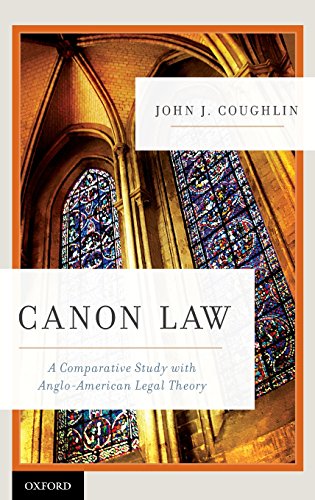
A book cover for Canon Law: A Comparative Study with Anglo-American Legal Theory; John J. Coughlin  O.F.M.; Christian Books & Bibles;